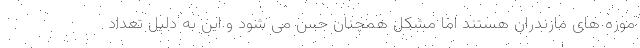
موزه های مازندران هستند اما مشکل همچنان حس می شود و این به دلیل تعداد